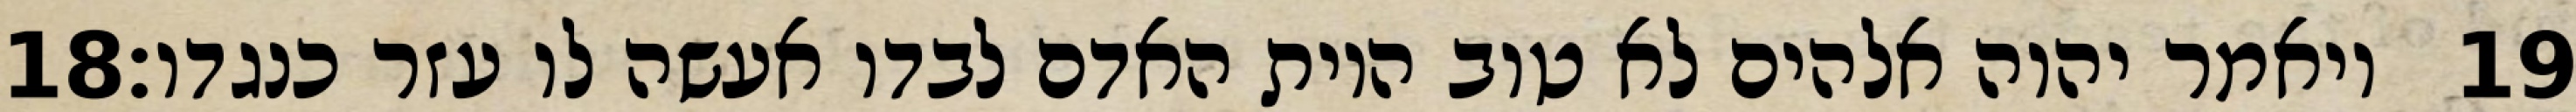
‎18‏ ויאמר יהוה אלהים לא טוב היות האדם לבדו אעשה לו עזר כנגדו׃ ‎19‏